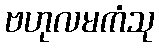
ဗဟုလမကံသု